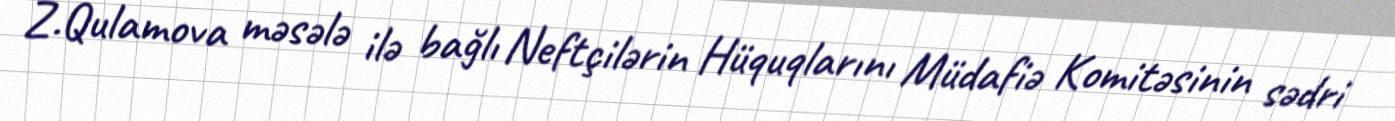
Z.Qulamova məsələ ilə bağlı Neftçilərin Hüquqlarını Müdafiə Komitəsinin sədri